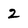
Character: 2